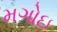
મગોઇ